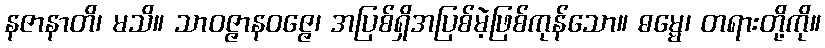
နဇာနာတိ၊ မသိ။ သာဝဇ္ဇာနဝဇ္ဇေ၊ အပြစ်ရှိအပြစ်မဲ့ဖြစ်ကုန်သော။ ဓမ္မေ၊ တရားတို့ကို။